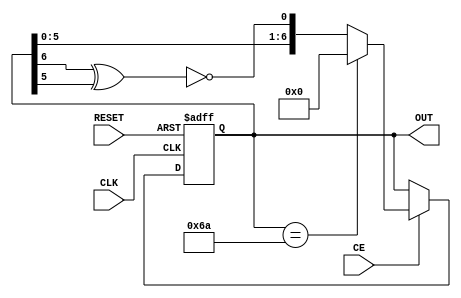
`timescale 1ns / 1ps
//////////////////////////////////////////////////////////////////////////////////
// Company: 
// Engineer: 
// 
// Design Name: 
// Module Name:    PRandomVert 
// Project Name: 
// Target Devices: 
// Tool versions: 
// Description: 
//
// Dependencies: 
//
// Revision: 
// Revision 0.01 - File Created
// Additional Comments: 
//
//////////////////////////////////////////////////////////////////////////////////
module PRandomVert(
        input CLK,
        input RESET,
        input CE,
//        output reg LFSR_DONE,
		  output [6:0] OUT);

reg [6:0] lfsr;
wire d0,lfsr_equal;
assign OUT=lfsr;

xnor(d0,lfsr[6],lfsr[5]);
assign lfsr_equal = (lfsr == 7'h6A);

always @(posedge CLK,posedge RESET) begin
    if(RESET) begin
        lfsr <= 0;
//        LFSR_DONE <= 0;
    end
    else begin
        if(CE)
            lfsr <= lfsr_equal ? 7'h0 : {lfsr[5:0],d0};
 //       LFSR_DONE <= lfsr_equal;
    end
end
endmodule